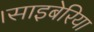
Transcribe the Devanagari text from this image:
।साइबेरिया